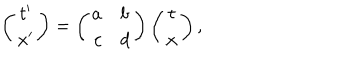
LaTeX: \left( \begin{array} { c } { { t ^ { \prime } } } \\ { { x ^ { \prime } } } \\ \end{array} \right) = \left( \begin{array} { r l } { { a } } & { { b } } \\ { { c } } & { { d } } \\ \end{array} \right) \left( \begin{array} { c } { { t } } \\ { { x } } \\ \end{array} \right) ,